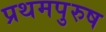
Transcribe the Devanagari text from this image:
प्रथमपुरुष